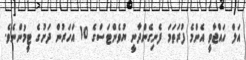
އަލް ހައްޖާވީ އެންމެ ފުރަތަމަ ފެނިގެންދާނީ ޔުވެންޓަސްގެ 10 އަހަރުން ދަށުގެ ޓީމުންނެވެ.